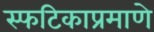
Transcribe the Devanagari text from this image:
स्फटिकाप्रमाणे